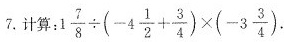
7.计算： $$:1 \frac { 7 } { 8 } \div ( - 4 \frac { 1 } { 2 } + \frac { 3 } { 4 } ) \times ( - 3 \frac { 3 } { 4 } )$$ .